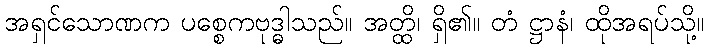
အရှင်သောဏက ပစ္စေကဗုဒ္ဓါသည်။ အတ္ထိ၊ ရှိ၏။ တံ ဋ္ဌာနံ၊ ထိုအရပ်သို့။